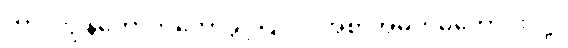
ဟာ၊ ကျွန်တော့်ကိုတော့ခွင့်ပြုပါ။ အစာအိမ်ကမကောင်းလို့။